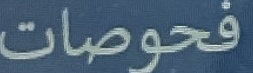
فحوصات